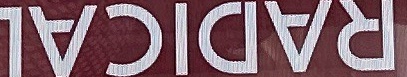
RADICAL